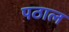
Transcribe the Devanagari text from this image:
पठाल